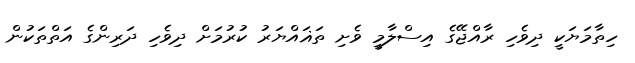
ހިތާމަޔަކީ ދިވެހި ރާއްޖޭގެ އިސްލާމީ ވެށި ތަޣައްޔަރު ކުރުމަށް ދިވެހި ދަރިންގެ އަތްތަކުން